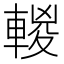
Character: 𨍈